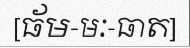
[ធ័ម-មៈ-ធាត]